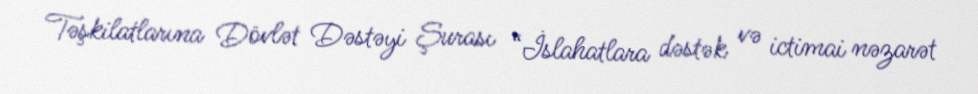
Təşkilatlarına Dövlət Dəstəyi Şurası “İslahatlara dəstək və ictimai nəzarət